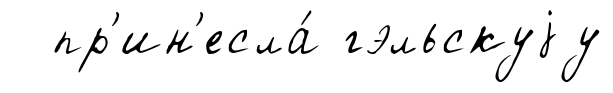
пр'ин'есла́ гэльскуjу